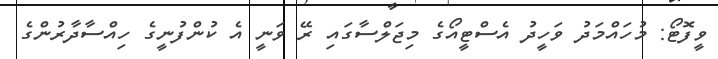
ވީފޮޓޯ: މުހައްމަދު ވަހީދު އެސްޓީއޯގެ މިޖަލްސާގައި ރޭ ވަނީ އެ ކުންފުނީގެ ހިއްސާދާރުންގެ